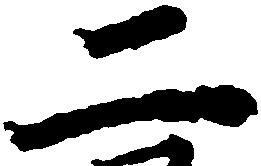
二